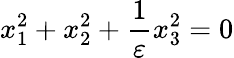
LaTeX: x_{1}^{2}+x_{2}^{2}+{\frac{1}{\varepsilon}}x_{3}^{2}=0